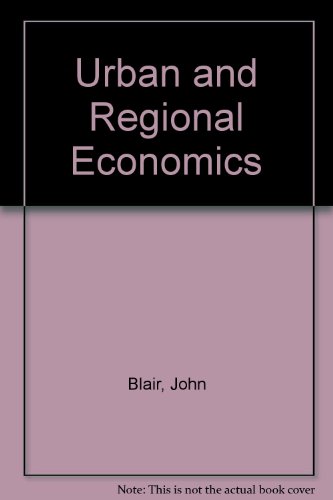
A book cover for Urban and Regional Economics; John P. Blair; Business & Money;